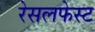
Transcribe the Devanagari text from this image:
रेसलफेस्ट